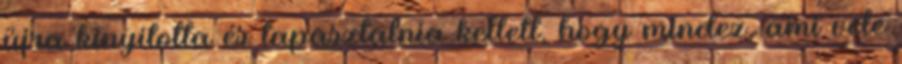
újra kinyitotta és tapasztalnia kellett, hogy mindez, ami vele